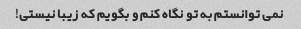
نمی توانستم به تو نگاه کنم و بگویم که زیبا نیستی!